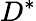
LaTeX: D^{*}